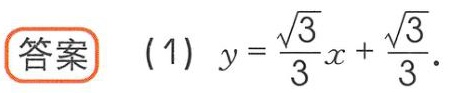
答案 (1) \(y = \frac{\sqrt{3}}{3}x+\frac{\sqrt{3}}{3}\)